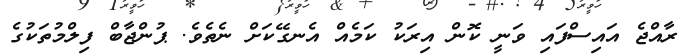
ރާއްޖެ އައިސްފައި ވަނީ ކޮން އިރަކު ކަމެއް އެނގޭކަށް ނެތެވެ. ޕުންޖާބް ފިލްމުތަކުގެ